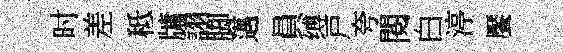
时差秪牗詡脚邁員缚戸夸閲白渟饜